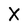
Character: X